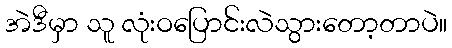
အဲဒီမှာ သူ လုံးဝပြောင်းလဲသွားတော့တာပဲ။